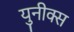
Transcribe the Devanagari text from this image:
युनीक्स